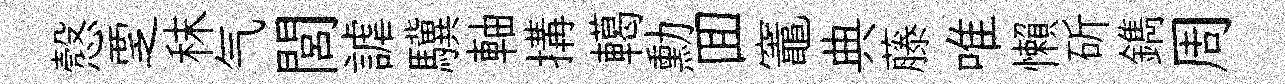
慤覂秣气閭謔驥軸搆轕勳囬竈典藤唯懶斫鐫周